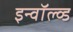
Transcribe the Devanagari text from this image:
इन्वॉल्व्ड